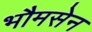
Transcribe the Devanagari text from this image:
भौमसेन